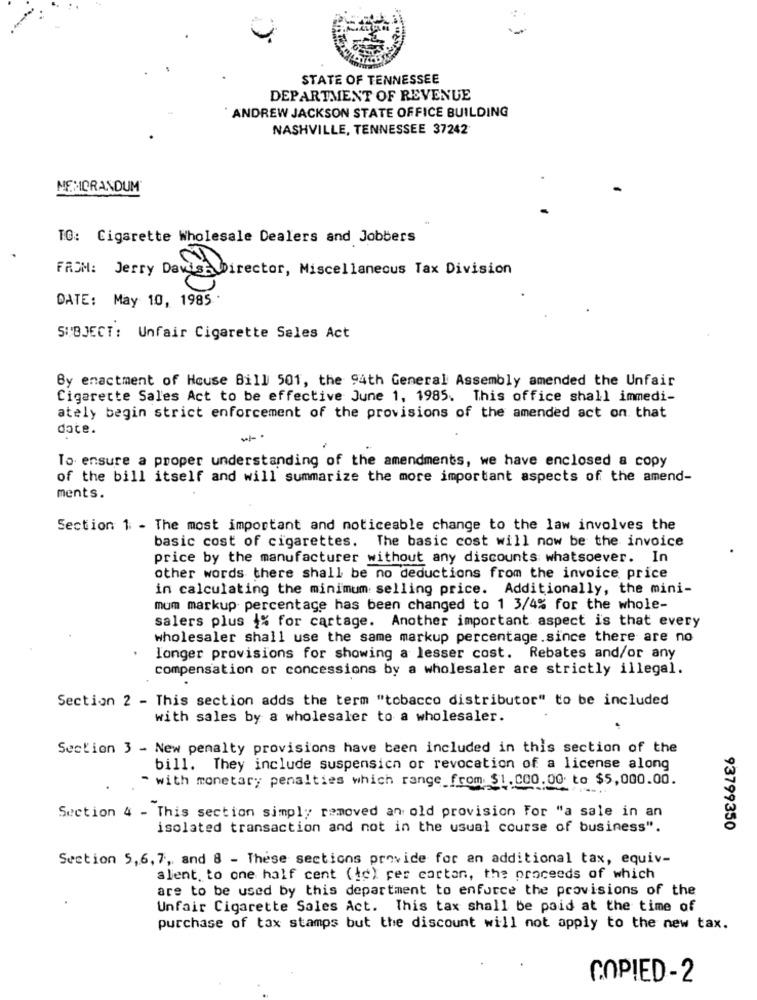
STATE OF TENNESSEE
DEPARTMENT OF REVENUE
ANDREW JACKSON STATE OFFICE BUILDING
NASHVILLE, TENNESSEE 37242
MEMORANDUM
TG: Cigarette Wholesale Dealers and Jobbers
FROM: Jerry Davish Director, Miscellaneous Tax Division
DATE: May 10, 1985 .
SUBJECT: Unfair Cigarette Sales Act
By enactment of House Bill 501, the 94th General Assembly amended the Unfair
Cigarette Sales Act to be effective June 1, 1985. This office shall immedi-
ately begin strict enforcement of the provisions of the amended act on that
date.
To ensure a proper understanding of the amendments, we have enclosed a copy
of the bill itself and will summarize the more important aspects of the amend-
ments.
Section 1 - The most important and noticeable change to the law involves the
basic cost of cigarettes. The basic cost will now be the invoice
price by the manufacturer without any discounts whatsoever. In
other words there shall be no deductions from the invoice price
in calculating the minimum selling price. Additionally, the mini-
mum markup percentage has been changed to 1 3/4% for the whole-
salers plus {% for cartage. Another important aspect is that every
wholesaler shall use the same markup percentage.since there are no
longer provisions for showing a lesser cost. Rebates and/or any
compensation or concessions by a wholesaler are strictly illegal.
Section 2 - This section adds the term "tobacco distributor" to be included
with sales by a wholesaler to a wholesaler.
Section 3 - New penalty provisions have been included in this section of the
bill. They include suspensicn or revocation of a license along
- with monetary penalties which range from $1.000.00 to $5,000.00.
Section 4 - This section simply removed an old provision For "a sale in an
isolated transaction and not in the usual course of business".
93799350
Section 5,6, 7, and 8 - These sections provide for an additional tax, equiv-
alent. to one half cent (ic) per carton, the proceeds of which
are to be used by this department to enforce the provisions of the
Unfair Cigarette Sales Act. This tax shall be paid at the time of
purchase of tax stamps but the discount will not apply to the new tax.
COPIED-2